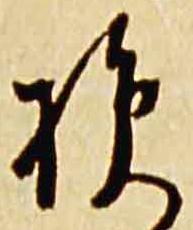
損